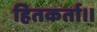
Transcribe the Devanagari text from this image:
हितकर्ता।।